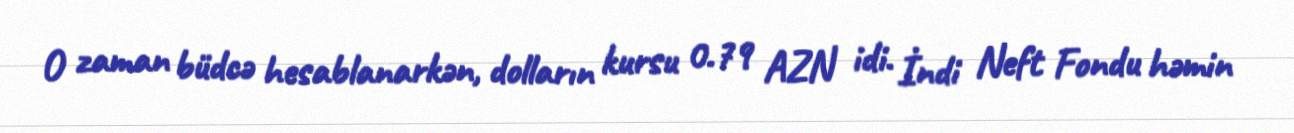
O zaman büdcə hesablanarkən, dolların kursu 0.79 AZN idi. İndi Neft Fondu həmin